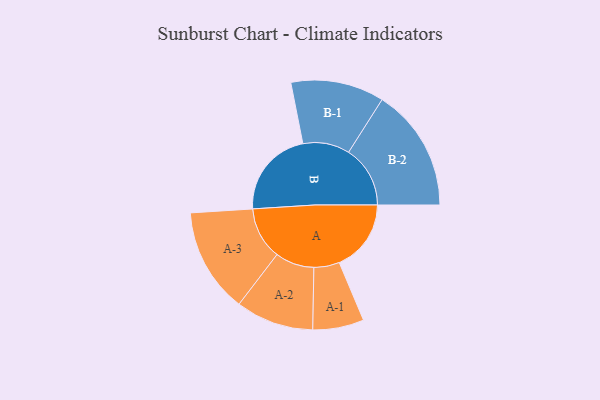
{"axis": {"x": "Segment", "y": "Value"}, "legend": ["", "A", "B"], "data": [{"x": "A", "y": 343, "type": ""}, {"x": "B", "y": 421, "type": ""}, {"x": "A-1", "y": 122, "type": "A"}, {"x": "A-2", "y": 186, "type": "A"}, {"x": "A-3", "y": 250, "type": "A"}, {"x": "B-1", "y": 223, "type": "B"}, {"x": "B-2", "y": 294, "type": "B"}]}